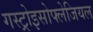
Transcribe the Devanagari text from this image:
गस्ट्रोइसोफ्लेजियल